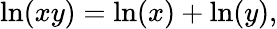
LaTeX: \ln(xy)=\ln(x)+\ln(y),